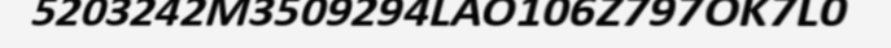
5203242M3509294LAO106Z797OK7L0